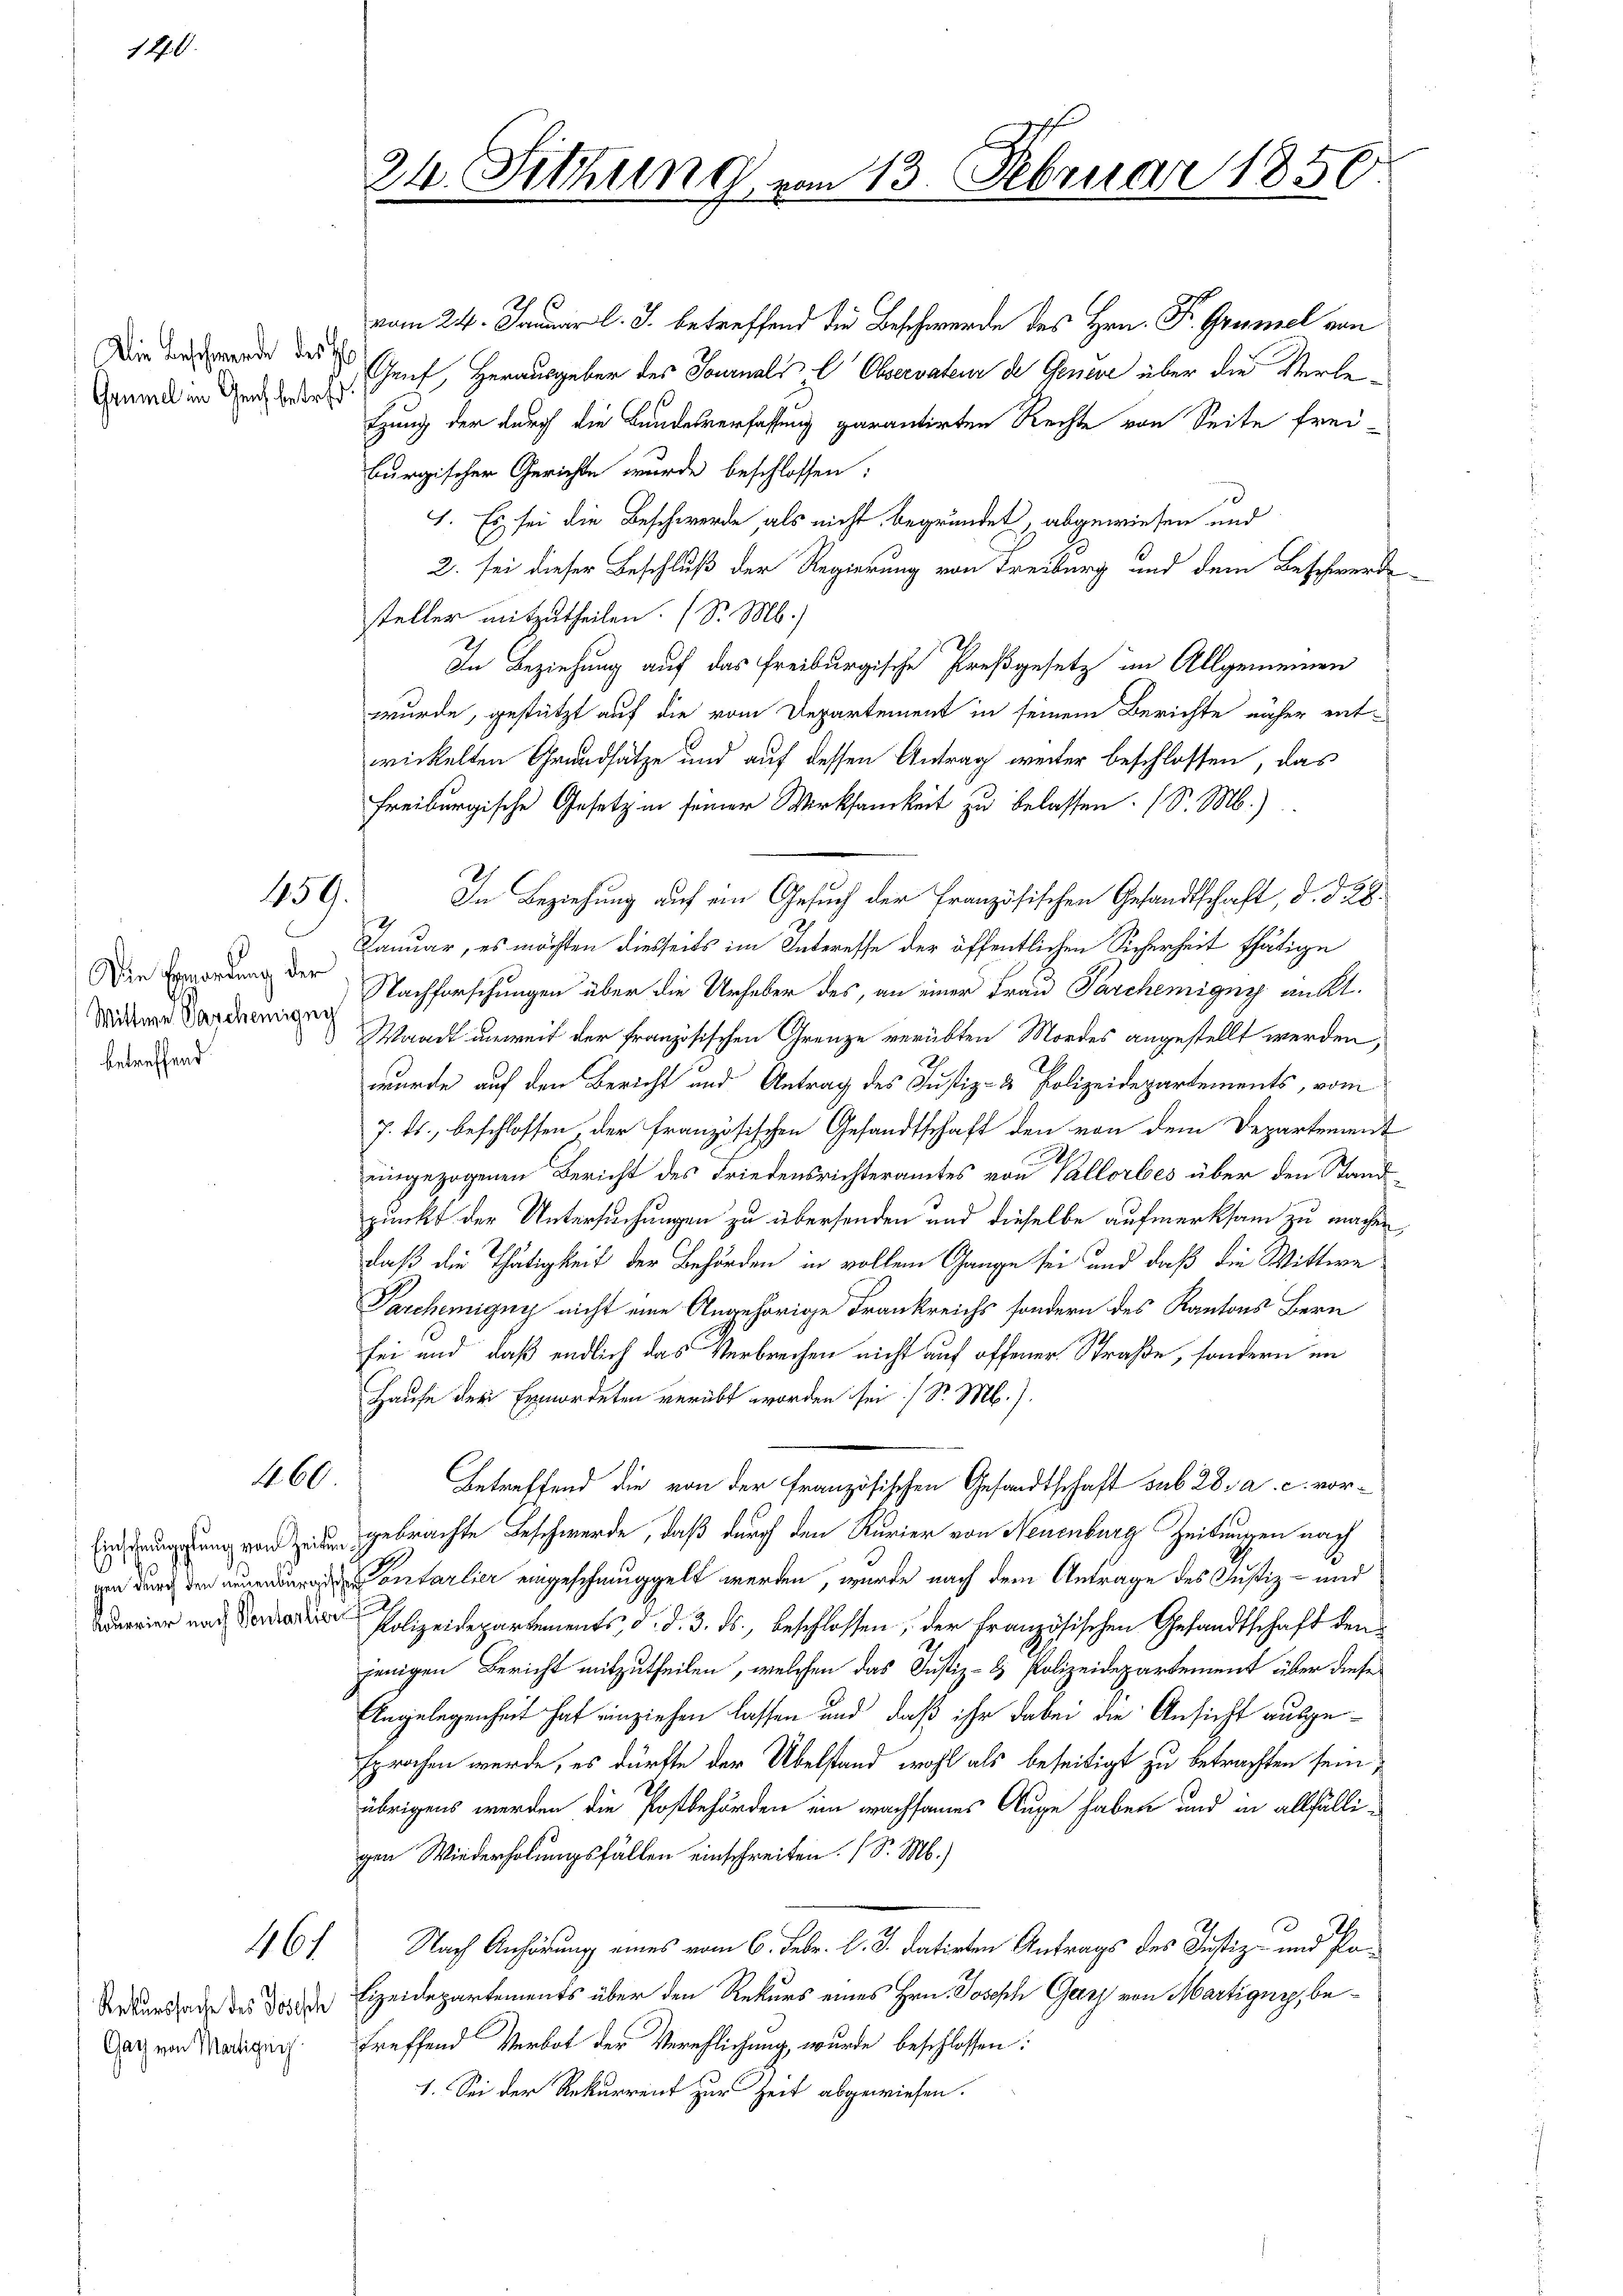
1270.

Die Beschwerde des H
Grumel in Gleich betref

450.

Die Ermordung der
Wittwe Vascheming
betreffend

460

Einschauptung von Zeiten.
gen durch den neuenburgischen
Acurrier nach Vontantion

161

Rekurssache des Todesch
Gatz von Martigung

A

Sitzung in

n 13. Februar 1850

vom 24. Januar l. J. betreffend die Beschwerde des Hrn. Fr. Grumel von
Genf, Herausgeber des Journals l Observateur de Genere über die Verletzung der durch die Bundesverfassung garantirten Rechte von Seite frei-
burgischer Gerichte wurde beschlossen:
1. Es sei die Beschwerde, als nicht begründet, abgewiesen und
2. sei dieser Beschluß der Regierung von Freiburg und dem Beschwerde
steller mitzutheilen. (S. M.)
In Beziehung auf das Freiburgische Preßgesetz im Allgemeinen
wurde, gestützt auf die vom Departement in seinem Berichte näher entwickelten Grundsätze und auf dessen Antrag weiter beschlossen, das
Freiburgische Gesetz in seiner Wirksamkeit zu belassen. (S. M.)
In Beziehung auf ein Gesuch der Französischen Gesandtschaft, d. d. 28.
Januar, es möchten diesseits im Interesse der öffentlichen Sicherheit thätige
Nachforschungen über die Urheber des, an einer Frau Parchemigny ant
Waadt unweit der französischen Grenze verübten Mordes angestellt werden,
wurde auf den Bericht und Antrag des Justiz- & Polizeidepartements, vom
7. ds., beschlossen, der französischen Gesandtschaft den von dem Departement
A
ungezogenen Bericht des Friedensrichteramtes von Vallorbes über den Standpunkt der Untersuchungen zu übersenden und dieselbe aufmerksam zu machen,
daß die Thätigkeit der Behörden in vollem Gange sei und daß die Wittwe
Parchemigny nicht eine Angehörige Frankreichs sondern des Kantons Bern
sei und daß endlich das Verbrechen nicht auf offener Straße, sondern im
Hause der Ermordeten verübt worden sei. / Sr. M.).
Betreffend die von der Französischen Gesandtschaft sub 28. a. c. vorgebrachte Beschwerde, daß durch den Kurier von Neuenburg Zeitungen nach
Pontarlier eingeschmuggelt werden, wurde nach dem Antrage des Justiz- und
Polizeidepartements, d. d. 3. ds., beschlossen, der französischen Gesandtschaft den
jenigen Bericht mitzutheilen, welchen das Justiz- & Polizeidepartement über diese
Angelegenheit hat einziehen lassen und daß ihr dabei die Ansicht ausgesprochen werde, es dürfte der Übelstand wohl als beseitigt zu betrachten sein,
übrigens werden die Postbehörden ein wachsames Auge haben und in allfälligen Wiederholungsfällen einschreiten. (S. M.)
Nach Anhörung eines vom 6. Febr. l. J. datirten Antrags des Justiz- und Po¬
Eizeidepartements über den Rekurs eines Hrn. Joseph Garz von Martigny, betreffend Verbot der Verehlichung wurde beschlossen:
1. Sei der Rekurrent zur Zeit abgewiesen.